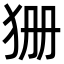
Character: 㹪